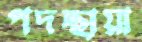
পদচ্ছায়া